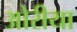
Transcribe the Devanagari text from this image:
ओरीया